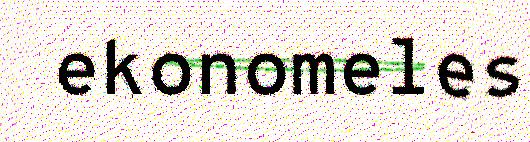
ekonomeles